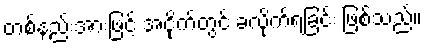
တစ်နည်းအားဖြင့် အငိုက်တွင် ခံလိုက်ရခြင်း ဖြစ်သည်။